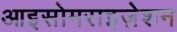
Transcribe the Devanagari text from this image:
आइसोमराइज़ेशन